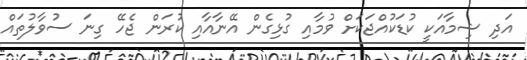
އަދި ޝިމާއަކީ ކުޑަކުއްޖަކަށް ވުމާއި ގުޅިގެން އޭނާއާއި ކުރަން ޖެހޭ ގިނަ ސުވާލުތައް